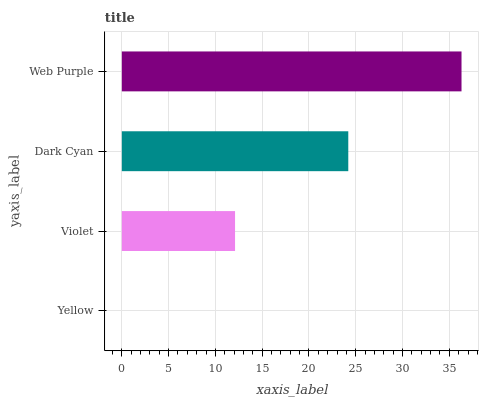
| yaxis_label | bars |
 | --- | --- |
 | Yellow | 0 |
 | Violet | 12.1 |
 | Dark Cyan | 24.2 |
 | Web Purple | 36.3 |